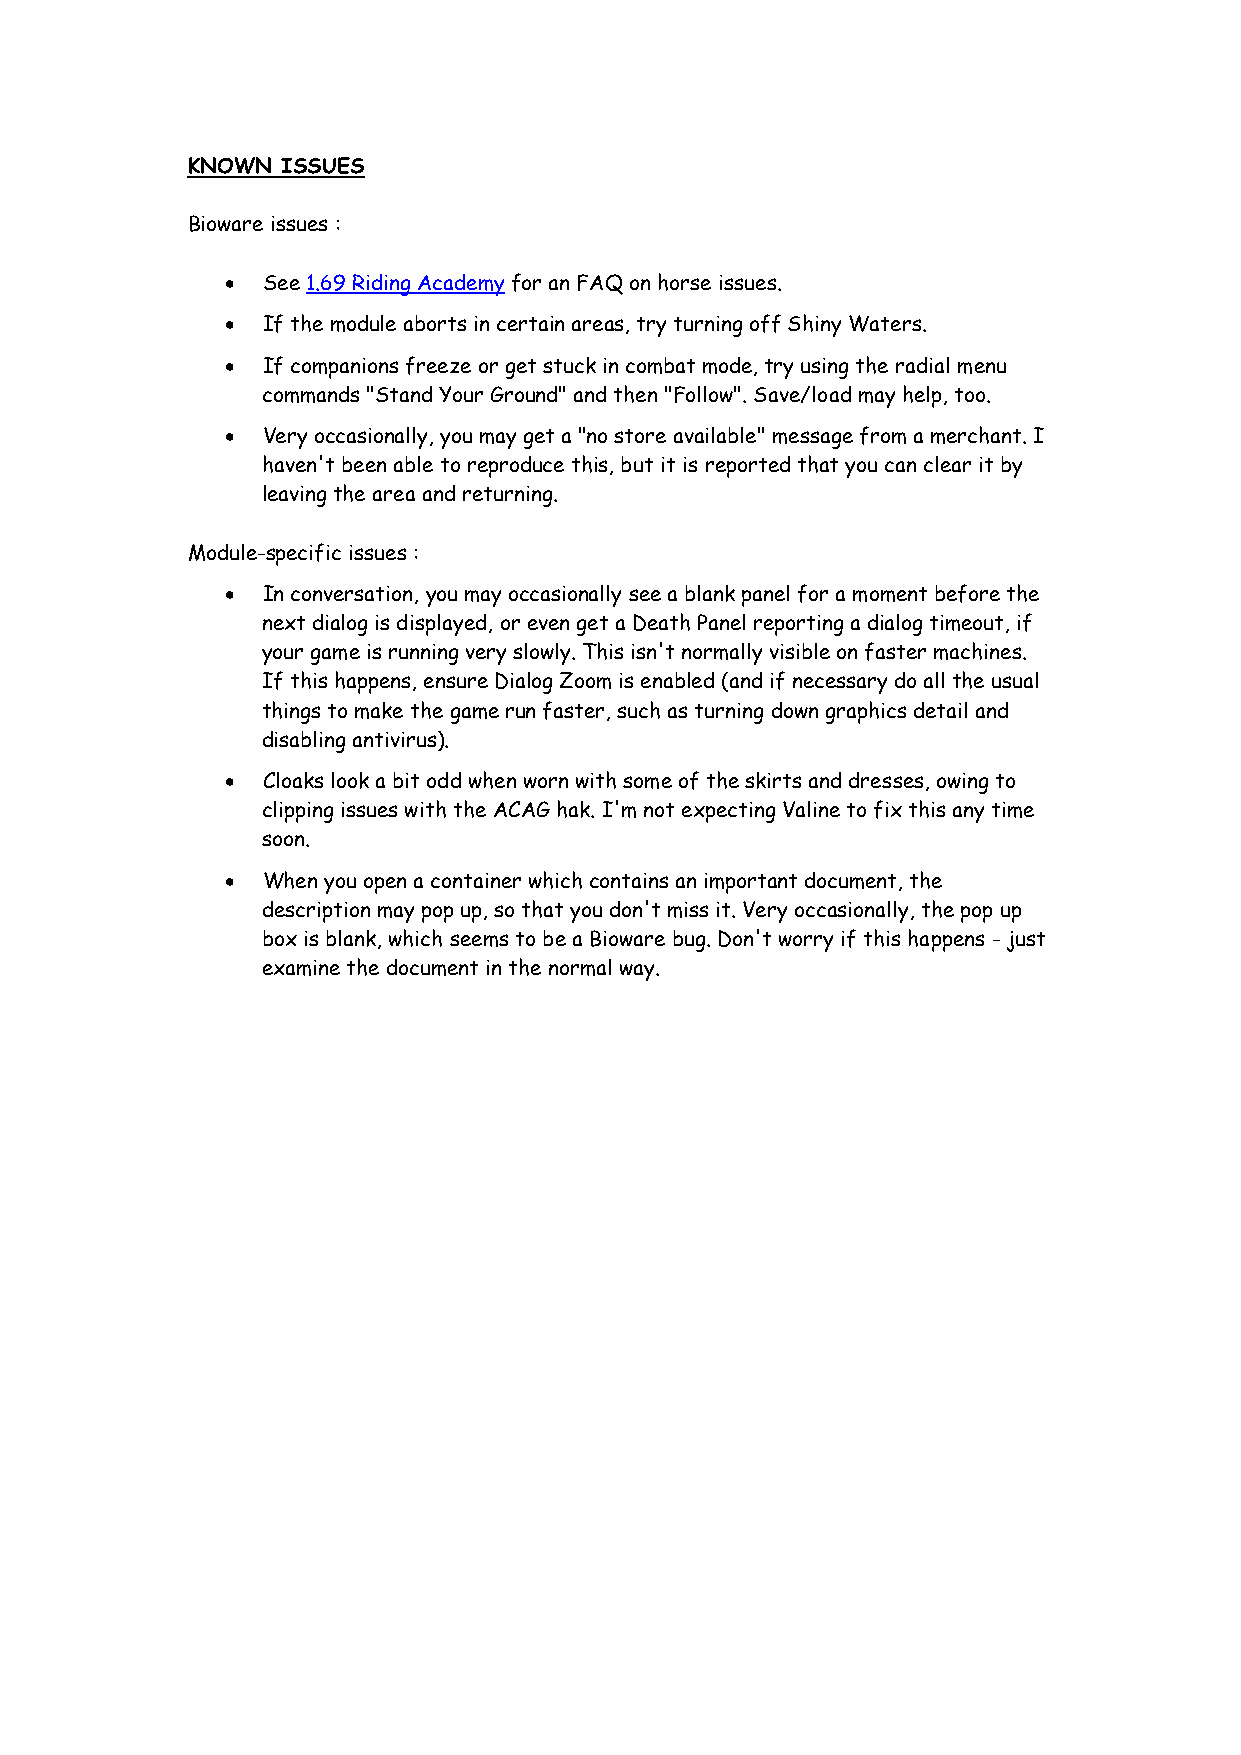
KNOWN  ISSUES
 Bioware issues :
 • See 1.69 Riding Academy for an FAQ on horse issues.
 • If the module aborts in certain areas, try turning off Shiny Waters.
 • If companions freeze or get stuck in combat mode, try using the radial menu
 commands "Stand Your Ground" and then "Follow". Save/load may help, too.
 • Very occasionally, you may get a "no store available" message from a merchant. I
 haven't been able to reproduce this, but it is reported that you can clear it by
 leaving the area and returning.
 Module-specific issues :
 • In conversation, you may occasionally see a blank panel for a moment before the
 next dialog is displayed, or even get a Death Panel reporting a dialog timeout, if
 your game is running very slowly. This isn't normally visible on faster machines.
 If this happens, ensure Dialog Zoom is enabled (and if necessary do all the usual
 things to make the game run faster, such as turning down graphics detail and
 disabling antivirus).
 • Cloaks look a bit odd when worn with some of the skirts and dresses, owing to
 clipping issues with the ACAG hak. I'm not expecting Valine to fix this any time
 soon.
 • When you open a container which contains an important document, the
 description may pop up, so that you don't miss it. Very occasionally, the pop up
 box is blank, which seems to be a Bioware bug. Don't worry if this happens - just
 examine the document in the normal way.